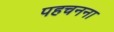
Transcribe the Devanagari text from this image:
पहचनना